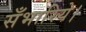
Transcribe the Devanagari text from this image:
सँभारिये।